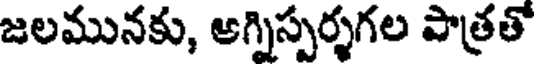
జలమునకు, అగ్నిస్పర్శగల పాత్రతో